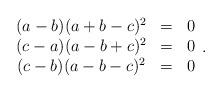
LaTeX: \begin{align*} \begin{array}{ccc} (a-b)(a+b-c)^2 & = & 0 \\ (c-a)(a-b+c)^2 & = & 0 \\ (c-b)(a-b-c)^2 & = & 0 \end{array} .\end{align*}